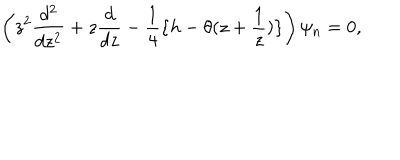
\left( z ^ { 2 } { \frac { d ^ { 2 } } { d z ^ { 2 } } } + z { \frac { d } { d z } } - { \frac { 1 } { 4 } } \{ h - \theta ( z + { \frac { 1 } { z } } ) \} \right) \psi _ { n } = 0 ,